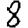
Digit: 8